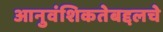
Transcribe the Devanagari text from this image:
आनुवंशिकतेबद्दलचे